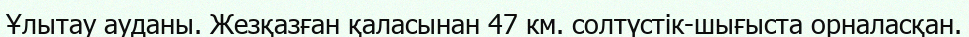
Ұлытау ауданы. Жезқазған қаласынан 47 км. солтүстік-шығыста орналасқан.